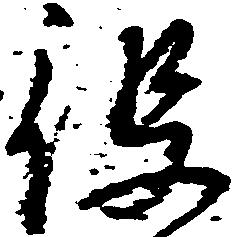
役